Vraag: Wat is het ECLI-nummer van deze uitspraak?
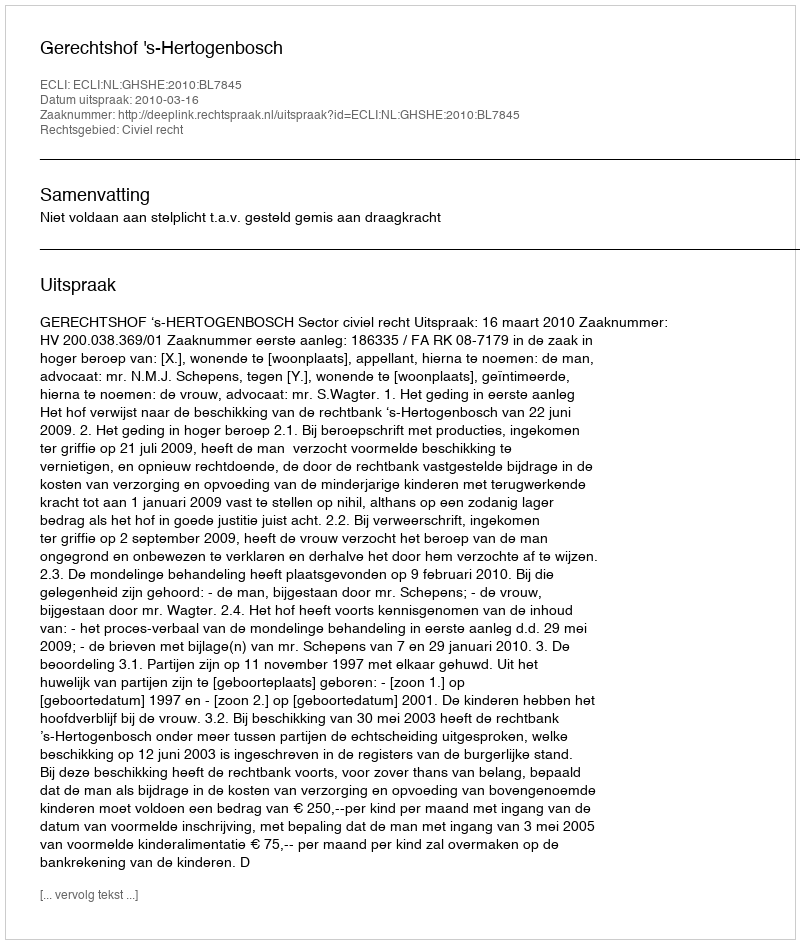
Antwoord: ECLI:NL:GHSHE:2010:BL7845